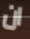
ان